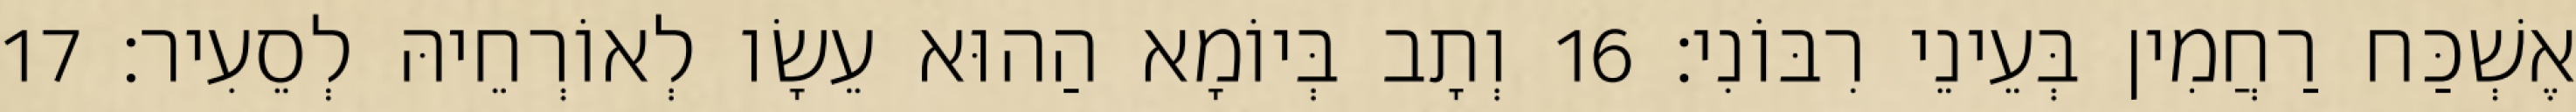
אֶשְׁכַּח רַחֲמִין בְּעֵינֵי רִבּוֹנִי׃ 16 וְתָב בְּיוֹמָא הַהוּא עֵשָׂו לְאוֹרְחֵיהּ לְסֵעִיר׃ 17